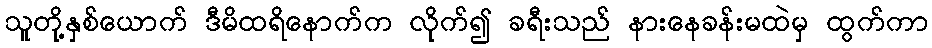
သူတို့နှစ်ယောက် ဒီမိထရိနောက်က လိုက်၍ ခရီးသည် နားနေခန်းမထဲမှ ထွက်ကာ